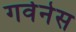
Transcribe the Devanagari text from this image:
गर्वनेस